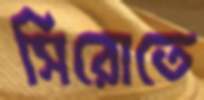
সিরোতে